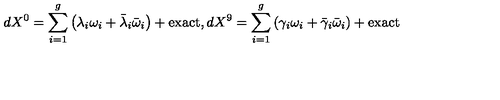
d X ^ { 0 } = \sum _ { i = 1 } ^ { g } \left( \lambda _ { i } \omega _ { i } + \bar { \lambda } _ { i } \bar { \omega } _ { i } \right) + \mathrm { e x a c t } , d X ^ { 9 } = \sum _ { i = 1 } ^ { g } \left( \gamma _ { i } \omega _ { i } + \bar { \gamma } _ { i } \bar { \omega } _ { i } \right) + \mathrm { e x a c t }